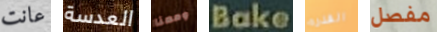
عانت العدسة ومعنا Bake القذره مفصل